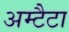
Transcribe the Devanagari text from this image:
अम्टैटा